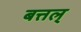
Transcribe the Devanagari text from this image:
बत्तल्